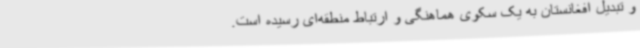
و تبدیل افغانستان به یک سکوی هماهنگی و ارتباط منطقه‌ای رسیده است.